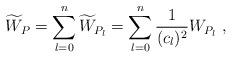
LaTeX: \begin{align*}\widetilde{W}_{P}=\sum_{l=0}^{n}\widetilde{W}_{P_{l}}=\sum_{l=0}^{n}\frac{1}{(c_{l})^{2}}{W}_{P_{l}}\ , \end{align*}